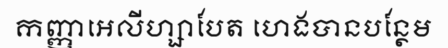
កញ្ញាអេលីហ្សាបែត ហេងបានបន្ថែម